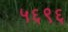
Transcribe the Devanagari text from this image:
५६९६